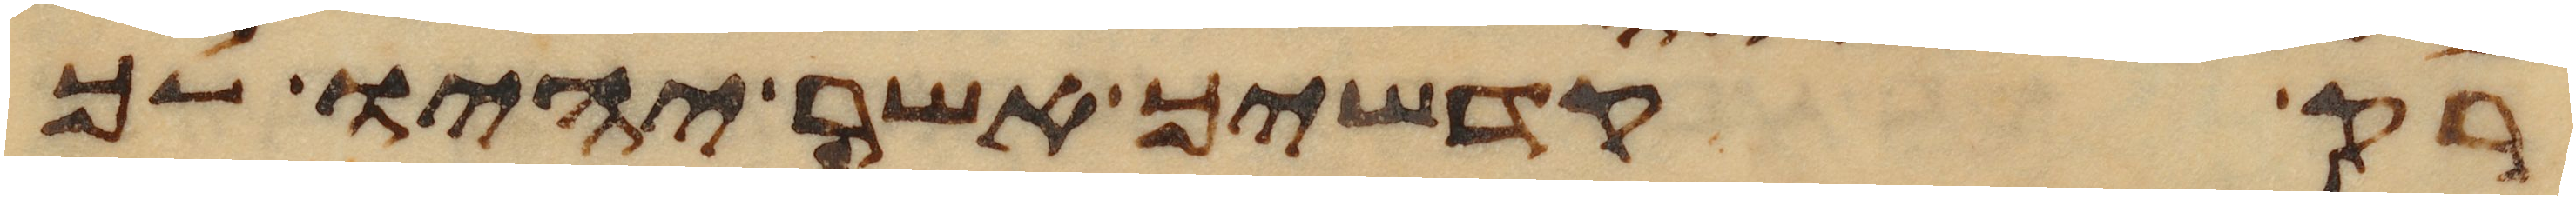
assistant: רק קדשיך אשר יהיו לך